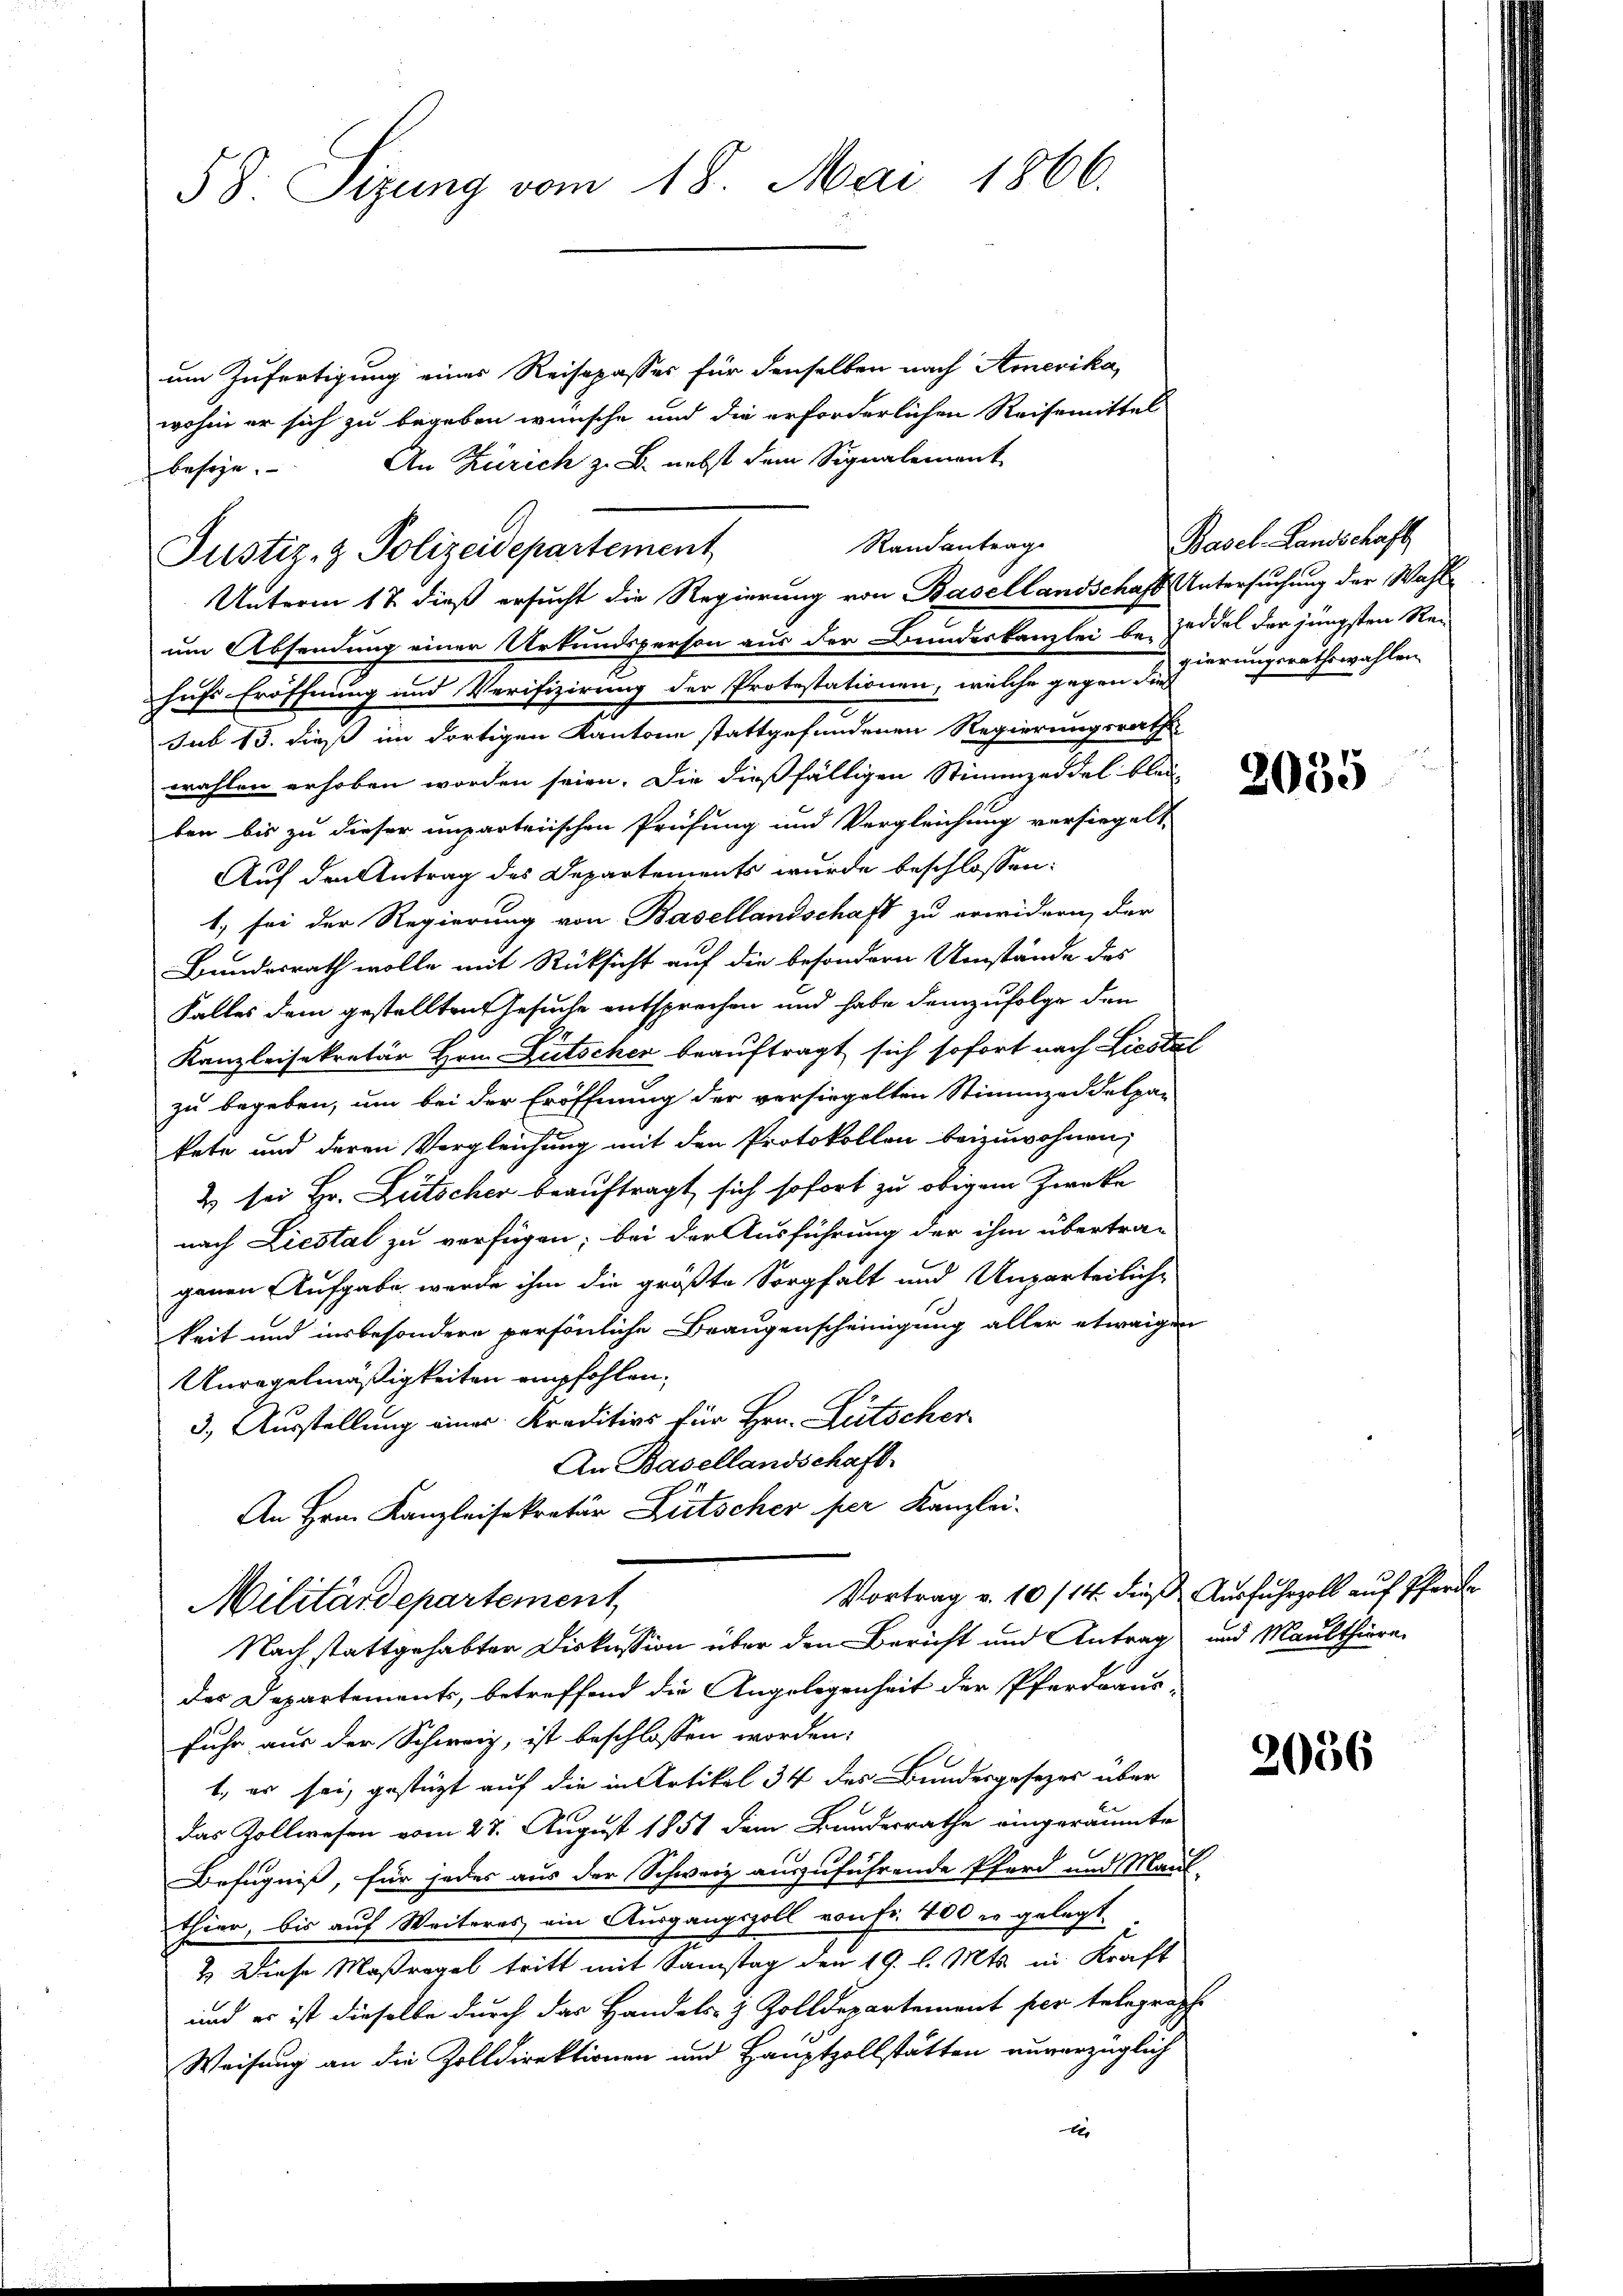
58. Sizung vom 18. Mai 1866.

um Zufertigung eines Reisepasser für denselben nach Amerika,
wohin er sich zu begeben wünsche und die erforderlichen Reisemittel
An Zürich z. B. nebst dem Signalement
besize.
um Absendung einer Urkundsperson aus der Bundeskanzlei be Zeddel der jüngsten Re-
hufs Eröffnung und Verifizirung der Protestationen, welche gegen sicherungsrathswahlen
sub 15. dieß im dortigen Kantone stattgefundenen Regierungsrath
wahlen erhoben worden seien. Die dießfälligen Stimmzeddel blei
ben bis zu dieser unparteiischen Prüfung und Vergleichung versiegelt
Auf den Antrag des Departements wurde beschlossen:
1, sei der Regierung von Basellandschaft zu erwidern, der
Bundesrath wolle mit Rücksicht auf die besondern Umstände des
Falles dem gestellten Gesuche entsprechen und habe demzufolge den
Kanzleisekretär Hrn. Gutscher beauftragt sich sofort nach Liestal
zu begeben, um bei der Eröffnung der versiegelten Stimmzeddelpan
kete und deren Vergleichung mit den Protokollen beizuwohnen,
2 sei Hr. Lütscher beauftragt sich sofort zu obigem Zwecke
nach Liestal zu verfügen; bei der Ausführung der ihm übertra-
genen Aufgabe, werde ihm die größte Sorgfalt und Unparteiliche
keit und insbesondere persönliche Braugenscheinigung aller etwaigen
Unregelmäßigkeiten empfohlen,
3.) Ausstellung eines Kreditivs für Hrn. Lütscher
An Basellandschaft.
An Hrn. Kanzleisekretär Bütscher per Kanzlei-
Vortrag v. 10/14. dieß Ausfuhrzoll auf Pferde
Militärdepartement
Nach stattgehabter Diskussion über den Bericht und Antrags und Maulthiere
des Departements, betreffend die Angelegenheit der Pferdraus-
Fuhr aus der Schweiz, ist beschlossen worden.
1. es sei, gestützt auf die in Artikel 34 des Bundesgesezes über
das Zollwesen vom 27. August 1851 dem Banderrathe eingeräumte
Befugniß, für jedes aus der Schweiz auszuführende Pferd und Maul-
thier, bis auf Weiteres ein Ausgangszoll von Fr. 400 r gelegt.
2. Diese Maßregel tritt mit Samstag den 19. l. Mts. in Kraft
und er ist dieselbe durch das Handels- & Zolldepartement per telegraphe
Weisung an die Zolldirektionen und Hauptzollstätten anverzüglich
1

Randantrag
Justiz- & Polizeidepartement
Unterm 17. dieß ersucht die Regierung von Basellandschaft Untersuchung der Wahl¬

Basel-Landschaft

2035

3056